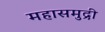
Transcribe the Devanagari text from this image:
महासमुद्री